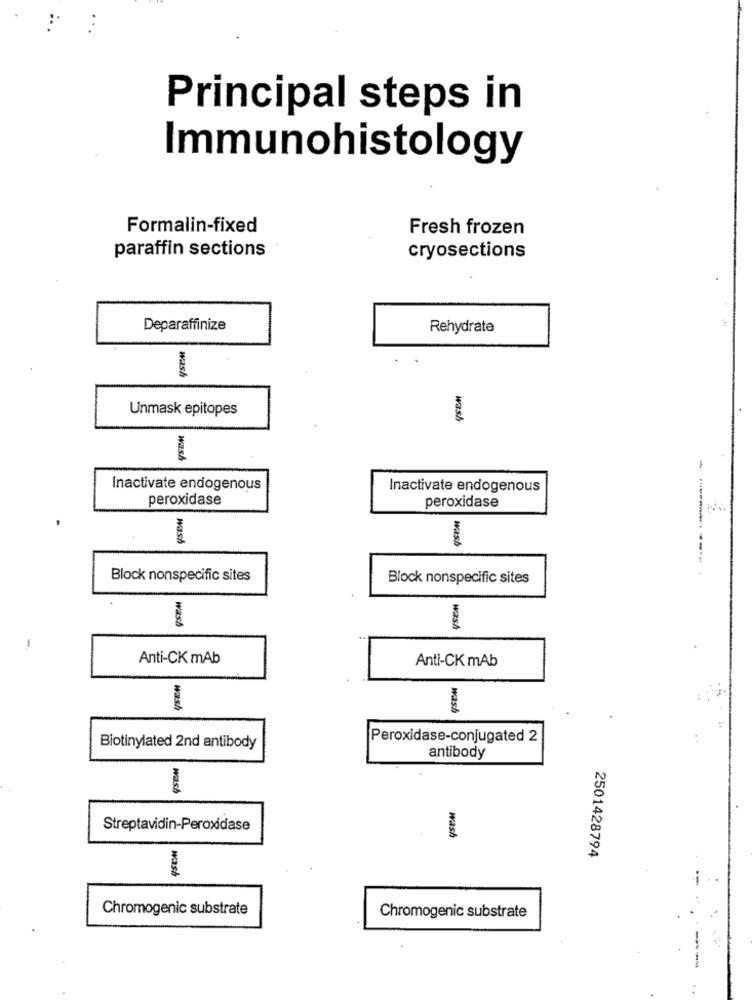
Principal steps in
Immunohistology
Formalin-fixed
Fresh frozen
paraffin sections
cryosections
Deparaffinize
Rehydrate
wash
Unmask epitopes
wash
Wash
Inactivate endogenous
Inactivate endogenous
peroxidase
peroxidase
wash
wash
Block nonspecific sites
Block nonspecific sites
wass
wash
Anti-CK mAb
Anti-CK mAb
wash
wash
Peroxidase-conjugated 2
Biotinylated 2nd antibody
antibody
wash
Streptavidin-Peroxidase
wash
2501428794
wash
-
Chromogenic substrate
Chromogenic substrate
--